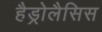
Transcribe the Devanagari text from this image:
हैड्रोलैसिस